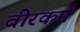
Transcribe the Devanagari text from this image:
वीरकर्म